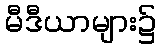
မီဒီယာများ၌